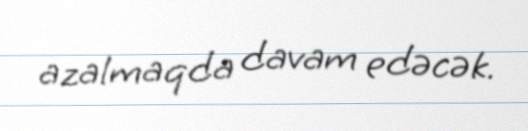
azalmaqda davam edəcək.